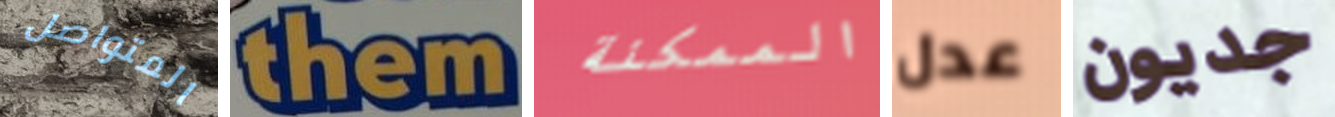
المتواصل them الممكنة عدل جديون